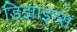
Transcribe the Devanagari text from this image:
डिझाइन्स